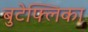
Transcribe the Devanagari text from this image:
बुटेफ्लिका